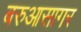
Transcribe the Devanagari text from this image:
बरुआसागर